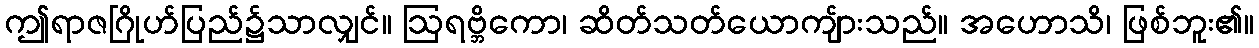
ဤရာဇဂြိုဟ်ပြည်၌သာလျှင်။ ဩရဗ္ဘိကော၊ ဆိတ်သတ်ယောကျ်ားသည်။ အဟောသိ၊ ဖြစ်ဘူး၏။